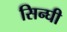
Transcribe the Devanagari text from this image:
सिन्घी